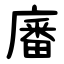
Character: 㢖